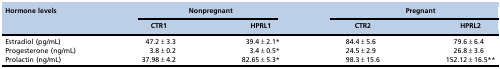
<table><thead><tr><td><b>Hormone levels</b></td><td colspan="2"><b>Nonpregnant</b></td><td colspan="2"><b>Pregnant</b></td></tr><tr><td></td><td><b>CTR1</b></td><td><b>HPRL1</b></td><td><b>CTR2</b></td><td><b>HPRL2</b></td></tr></thead><tbody><tr><td>Estradiol (pg/mL)</td><td>47.2±3.3</td><td>39.4±2.1*</td><td>84.4±5.6</td><td>79.6±6.4</td></tr><tr><td>Progesterone (ng/mL)</td><td>3.8±0.2</td><td>3.4±0.5*</td><td>24.5±2.9</td><td>26.8±3.6</td></tr><tr><td>Prolactin (ng/mL)</td><td>37.98±4.2</td><td>82.65±5.3*</td><td>98.3±15.6</td><td>152.12±16.5**</td></tr></tbody></table>